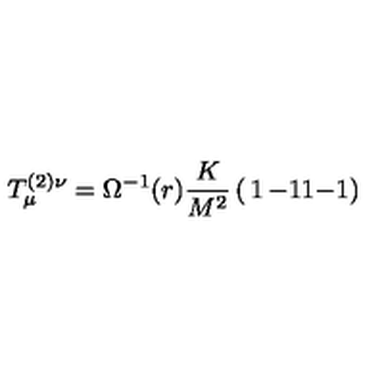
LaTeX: T _ { \mu } ^ { ( 2 ) \nu } = \Omega ^ { - 1 } ( r ) \frac { K } { M ^ { 2 } } \left( \begin{matrix} { 1 } & { - 1 } \\ { 1 } & { - 1 } \\ \end{matrix} \right)